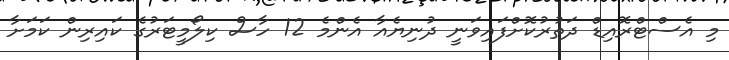
މި އެސްޓްރޮއިޑް ދަތުރުކޮށްފައިވަނީ ދުނިޔެއާ އެންމެ 12 ހާސް ކިލޯމީޓަރުގެ ކައިރިން ކަމަށާ